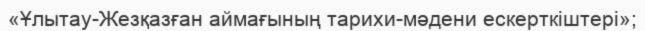
«Ұлытау-Жезқазған аймағының тарихи-мәдени ескерткіштері»;